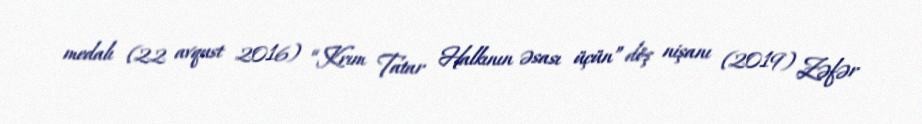
medalı (22 avqust 2016) “Krım Tatar Halkının əsası üçün” döş nişanı (2019) Zəfər